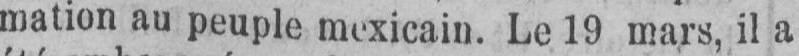
mation au peuple mexicain. Le 19 mars, il a